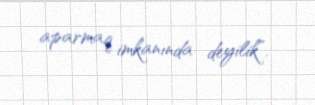
aparmaq imkanında deyilik”.